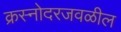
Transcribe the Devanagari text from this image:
क्रस्नोदरजवळील